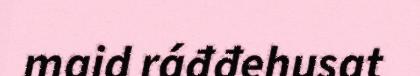
maid ráđđehusat